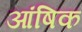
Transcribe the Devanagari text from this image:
आंषिक